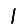
Digit: 1